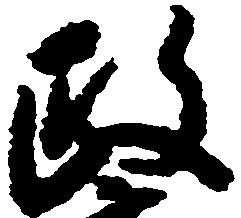
政